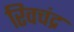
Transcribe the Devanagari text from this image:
रिवचंद्र